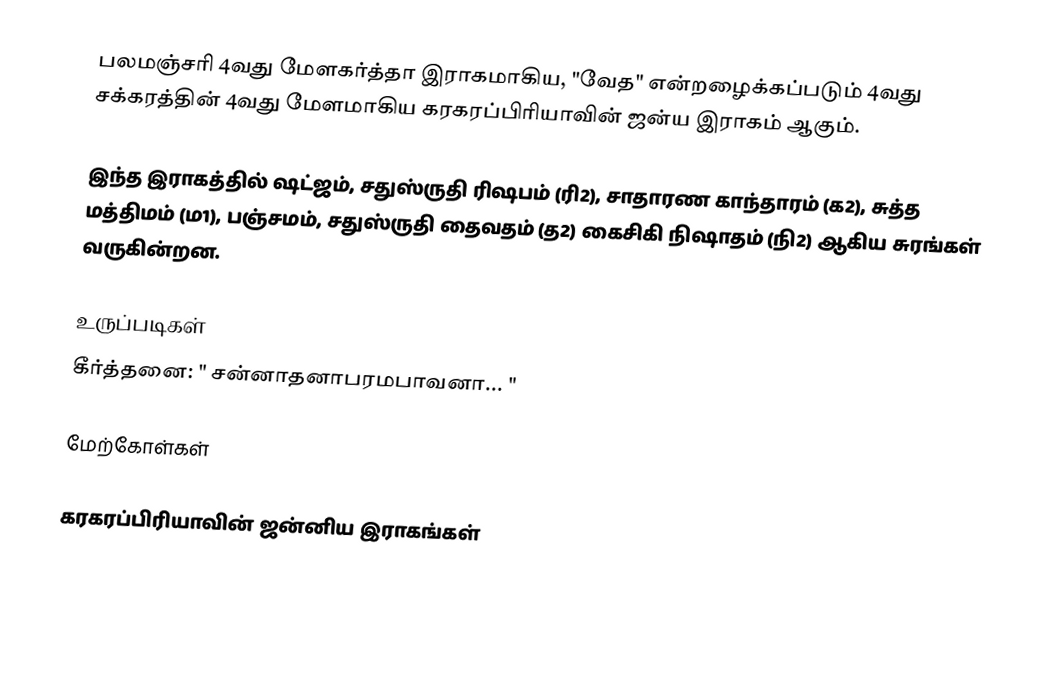
பலமஞ்சரி 4வது மேளகர்த்தா இராகமாகிய, "வேத" என்றழைக்கப்படும் 4வது சக்கரத்தின் 4வது மேளமாகிய கரகரப்பிரியாவின் ஜன்ய இராகம் ஆகும்.

 இந்த இராகத்தில் ஷட்ஜம், சதுஸ்ருதி ரிஷபம் (ரி2), சாதாரண காந்தாரம் (க2), சுத்த மத்திமம் (ம1), பஞ்சமம், சதுஸ்ருதி தைவதம் (த2) கைசிகி நிஷாதம் (நி2) ஆகிய சுரங்கள் வருகின்றன.

உருப்படிகள்
 கீர்த்தனை: " சன்னாதனாபரமபாவனா... "

மேற்கோள்கள்

கரகரப்பிரியாவின் ஜன்னிய இராகங்கள்